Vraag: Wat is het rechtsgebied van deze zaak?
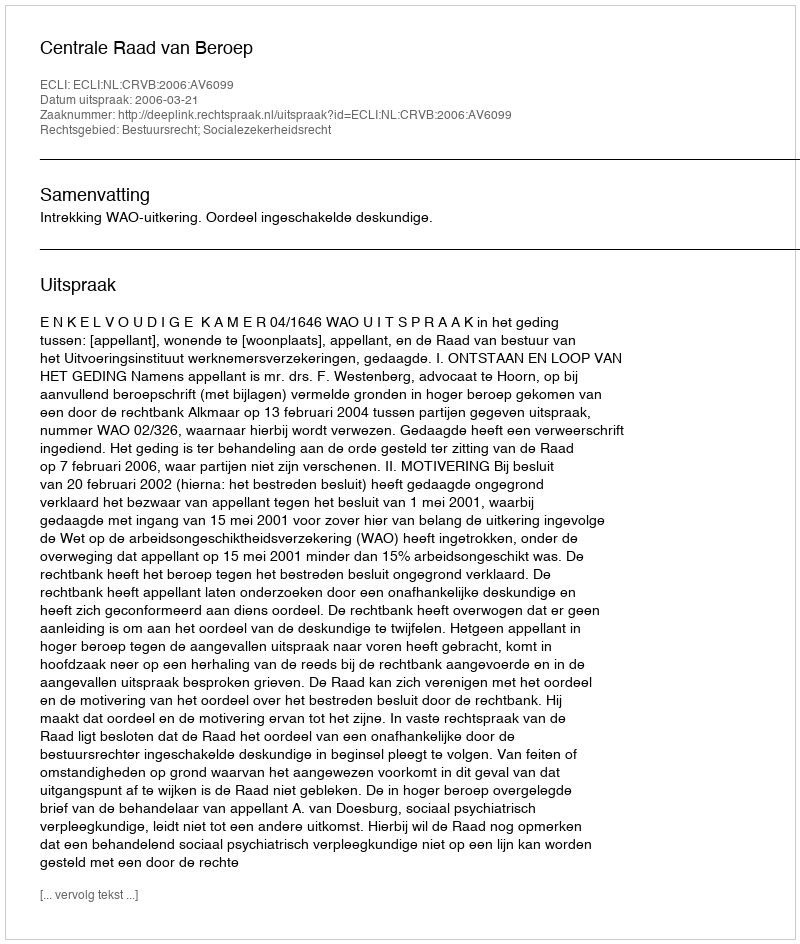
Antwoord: Bestuursrecht; Socialezekerheidsrecht